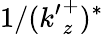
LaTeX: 1/({k^{\prime}}_{z}^{+})^{*}